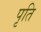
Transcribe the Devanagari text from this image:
पृति